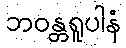
ဘဝန္တရူပါနံ